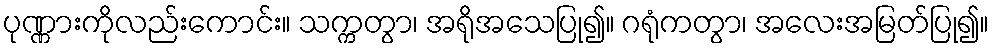
ပုဏ္ဏားကိုလည်းကောင်း။ သက္ကတွာ၊ အရိုအသေပြု၍။ ဂရုံကတွာ၊ အလေးအမြတ်ပြု၍။